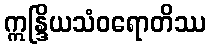
ဣန္ဒြိယသံဝရောတိဿ